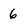
Character: 6